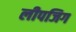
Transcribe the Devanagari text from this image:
लीपजिग